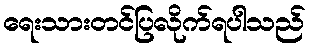
ရေးသားတင်ပြလိုက်ရပါသည်